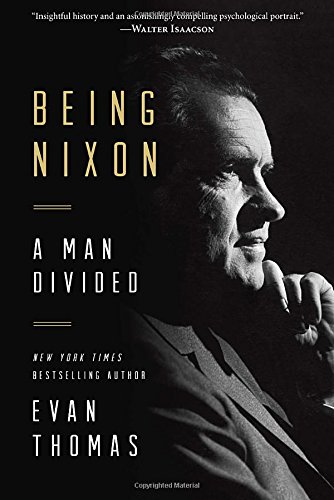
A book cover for Being Nixon: A Man Divided; Evan Thomas; Biographies & Memoirs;